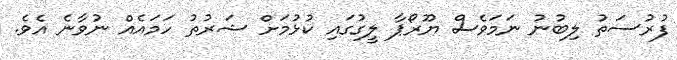
ފުރުސަތު ލިބުނު ނަމަވެސް ޔޫރޯޕާ ލީގުގައި ކުޅުމަށް ޝަރުތު ހަމައެއް ނުވާނެ އެވެ.